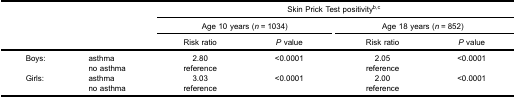
|  |  | <COLSPAN=4> Skin Prick Test positivityb,c |
 |  |  | <COLSPAN=2> Age 10 years (n = 1034) | <COLSPAN=2> Age 18 years (n = 852) |
 |  |  | Risk ratio | P value | Risk ratio | P value |
 | --- | --- | --- | --- | --- | --- |
 | Boys: | asthma | 2.80 | <0.0001 | 2.05 | <0.0001 |
 |  | no asthma | reference |  | reference |  |
 | Girls: | asthma | 3.03 | <0.0001 | 2.00 | <0.0001 |
 |  | no asthma | reference |  | reference |  |